Reports on military cantonments and civil stations in the Presidency of Bombay inspected by the Sanitary Commissioner in the years 1875 and 1876
Year: 1875
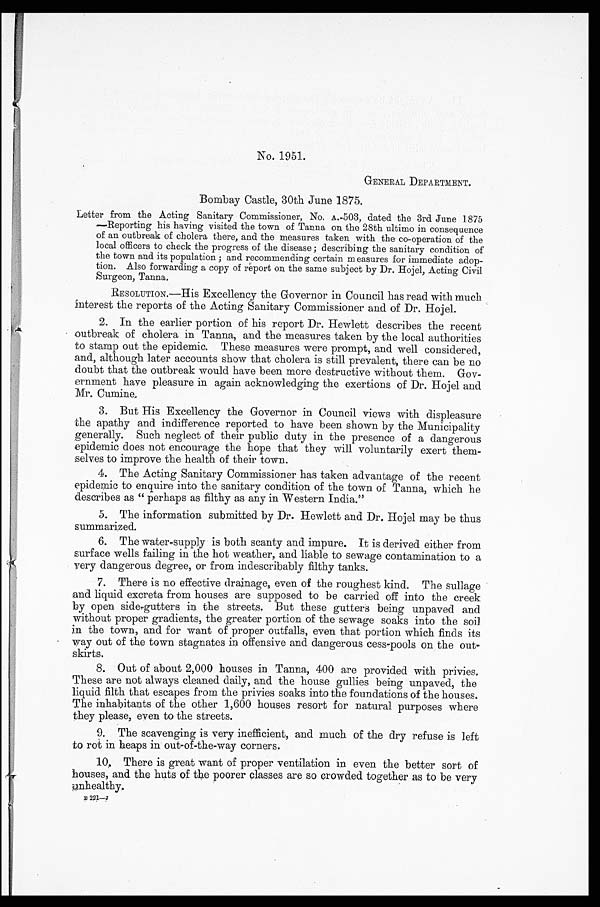
No. 1951.
GENERAL DEPARTMENT.
Bombay Castle, 30th June 1875.
Letter from the Acting Sanitary Commissioner, No. A.-503, dated the 3rd June 1875
—Reporting his having visited the town of Tanna on the 28th ultimo in consequence
of an outbreak of cholera there, and the measures taken with the co-operation of the
local officers to check the progress of the disease ; describing the sanitary condition of
the town and its population; and recommending certain measures for immediate adop
- t i o n . A l s o f o r w a r d i n g a c o p y o f r e p o r t o n t h e s a m e s u b j e c t b y D r . H o j e l , A c t i n g C i v i l
Surgeon, Tanna.
RESOLUTION.—His Excellency the Governor in Council has read with much
interest the reports of the Acting Sanitary Commissioner and of Dr. Hojel.
2. In the earlier portion of his report Dr. Hewlett describes the recent
outbreak of cholera in Tanna, and the measures taken by the local authorities
to stamp out the epidemic. These measures were prompt, and well considered,
and, although later accounts show that cholera is still prevalent, there can be no
doubt that the outbreak would have been more destructive without them. Gov
-ernment have pleasure in again acknowledging the exertions of Dr. Hojel and
Mr. Cumine .
3. But His Excellency the Governor in Council views with displeasure
the apathy and indifference reported to have been shown by the Municipality
generally. Such neglect of their public duty in the presence of a dangerous
epidemic does not encourage the hope that they will voluntarily exert them
-selves to improve the health of their town.
4. The Acting Sanitary Commissioner has taken advantage of the recent
epidemic to enquire into the sanitary condition of the town of Tanna, which he
describes as "perhaps as filthy as any in Western India.
"
5. The information submitted by Dr. Hewlett and Dr. Hojel may be thus
summarized.
6. The water-supply is both scanty and impure. It is derived either from
surface wells failing in the hot weather, and liable to sewage contamination to a
very dangerous degree, or from indescribably filthy tanks.
7. There is no effective drainage, even of the roughest kind. The sullage
and liquid excreta from houses are supposed to be carried off into the creek
by open side-gutters in the streets. But these gutters being unpaved and
without proper gradients, the greater portion of the sewage soaks into the soil
in the town, and for want of proper outfalls, even that portion which finds its
way out of the town stagnates in offensive and dangerous cess-pools on the out
-skirts.
8. Out of about 2,000 houses in Tanna, 400 are provided with privies.
These are not always cleaned daily, and the house gullies being unpaved, the
liquid filth that escapes from the privies soaks into the foundations of the houses.
The inhabitants of the other 1,600 houses resort for natural purposes where
they please, even to the streets.
9. The scavenging is very inefficient, and much of the dry refuse is left
to rot in heaps in out-of-the-way corners.
10. There is great want of proper ventilation in even the better sort of
houses, and the huts of the poorer classes are so crowded together as to be very
unhealthy.
B 2 2 1 — J